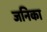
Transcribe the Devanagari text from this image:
जनिका